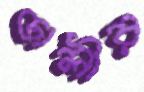
ঢালীর